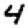
Digit: 4